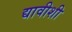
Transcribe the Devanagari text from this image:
द्यावीशी